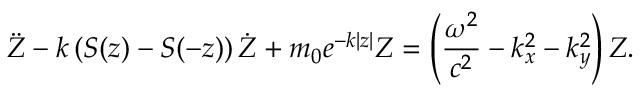
\ddot { Z } - k \left( S ( z ) - S ( - z ) \right) \dot { Z } + m _ { 0 } e ^ { - k | z | } Z = \left( \frac { \omega ^ { 2 } } { c ^ { 2 } } - k _ { x } ^ { 2 } - k _ { y } ^ { 2 } \right) Z .